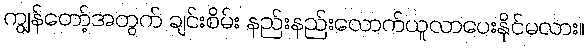
ကျွန်တော့်အတွက် ချင်းစိမ်း နည်းနည်းလောက်ယူလာပေးနိုင်မလား။